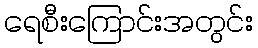
ရေစီးကြောင်းအတွင်း